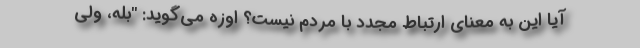
آیا این به معنای ارتباط مجدد با مردم نیست؟ اوزه می‌گوید: "بله، ولی